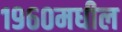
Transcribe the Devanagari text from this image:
१९६०मधील